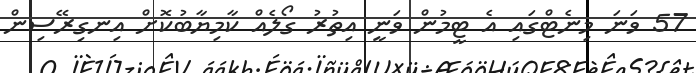
57 ވަނަ މިނެޓްގައި އެ ޓީމުން ވަނީ އިތުރު ގޯލެއް ކާމިޔާބުކޮށް އިނގިރޭސިން